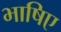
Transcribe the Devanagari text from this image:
भाषिए